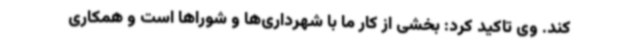
کند. وی تاکید کرد: بخشی از کار ما با شهرداری‌ها و شوراها است و همکاری